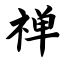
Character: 禅